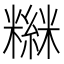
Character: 𥼮